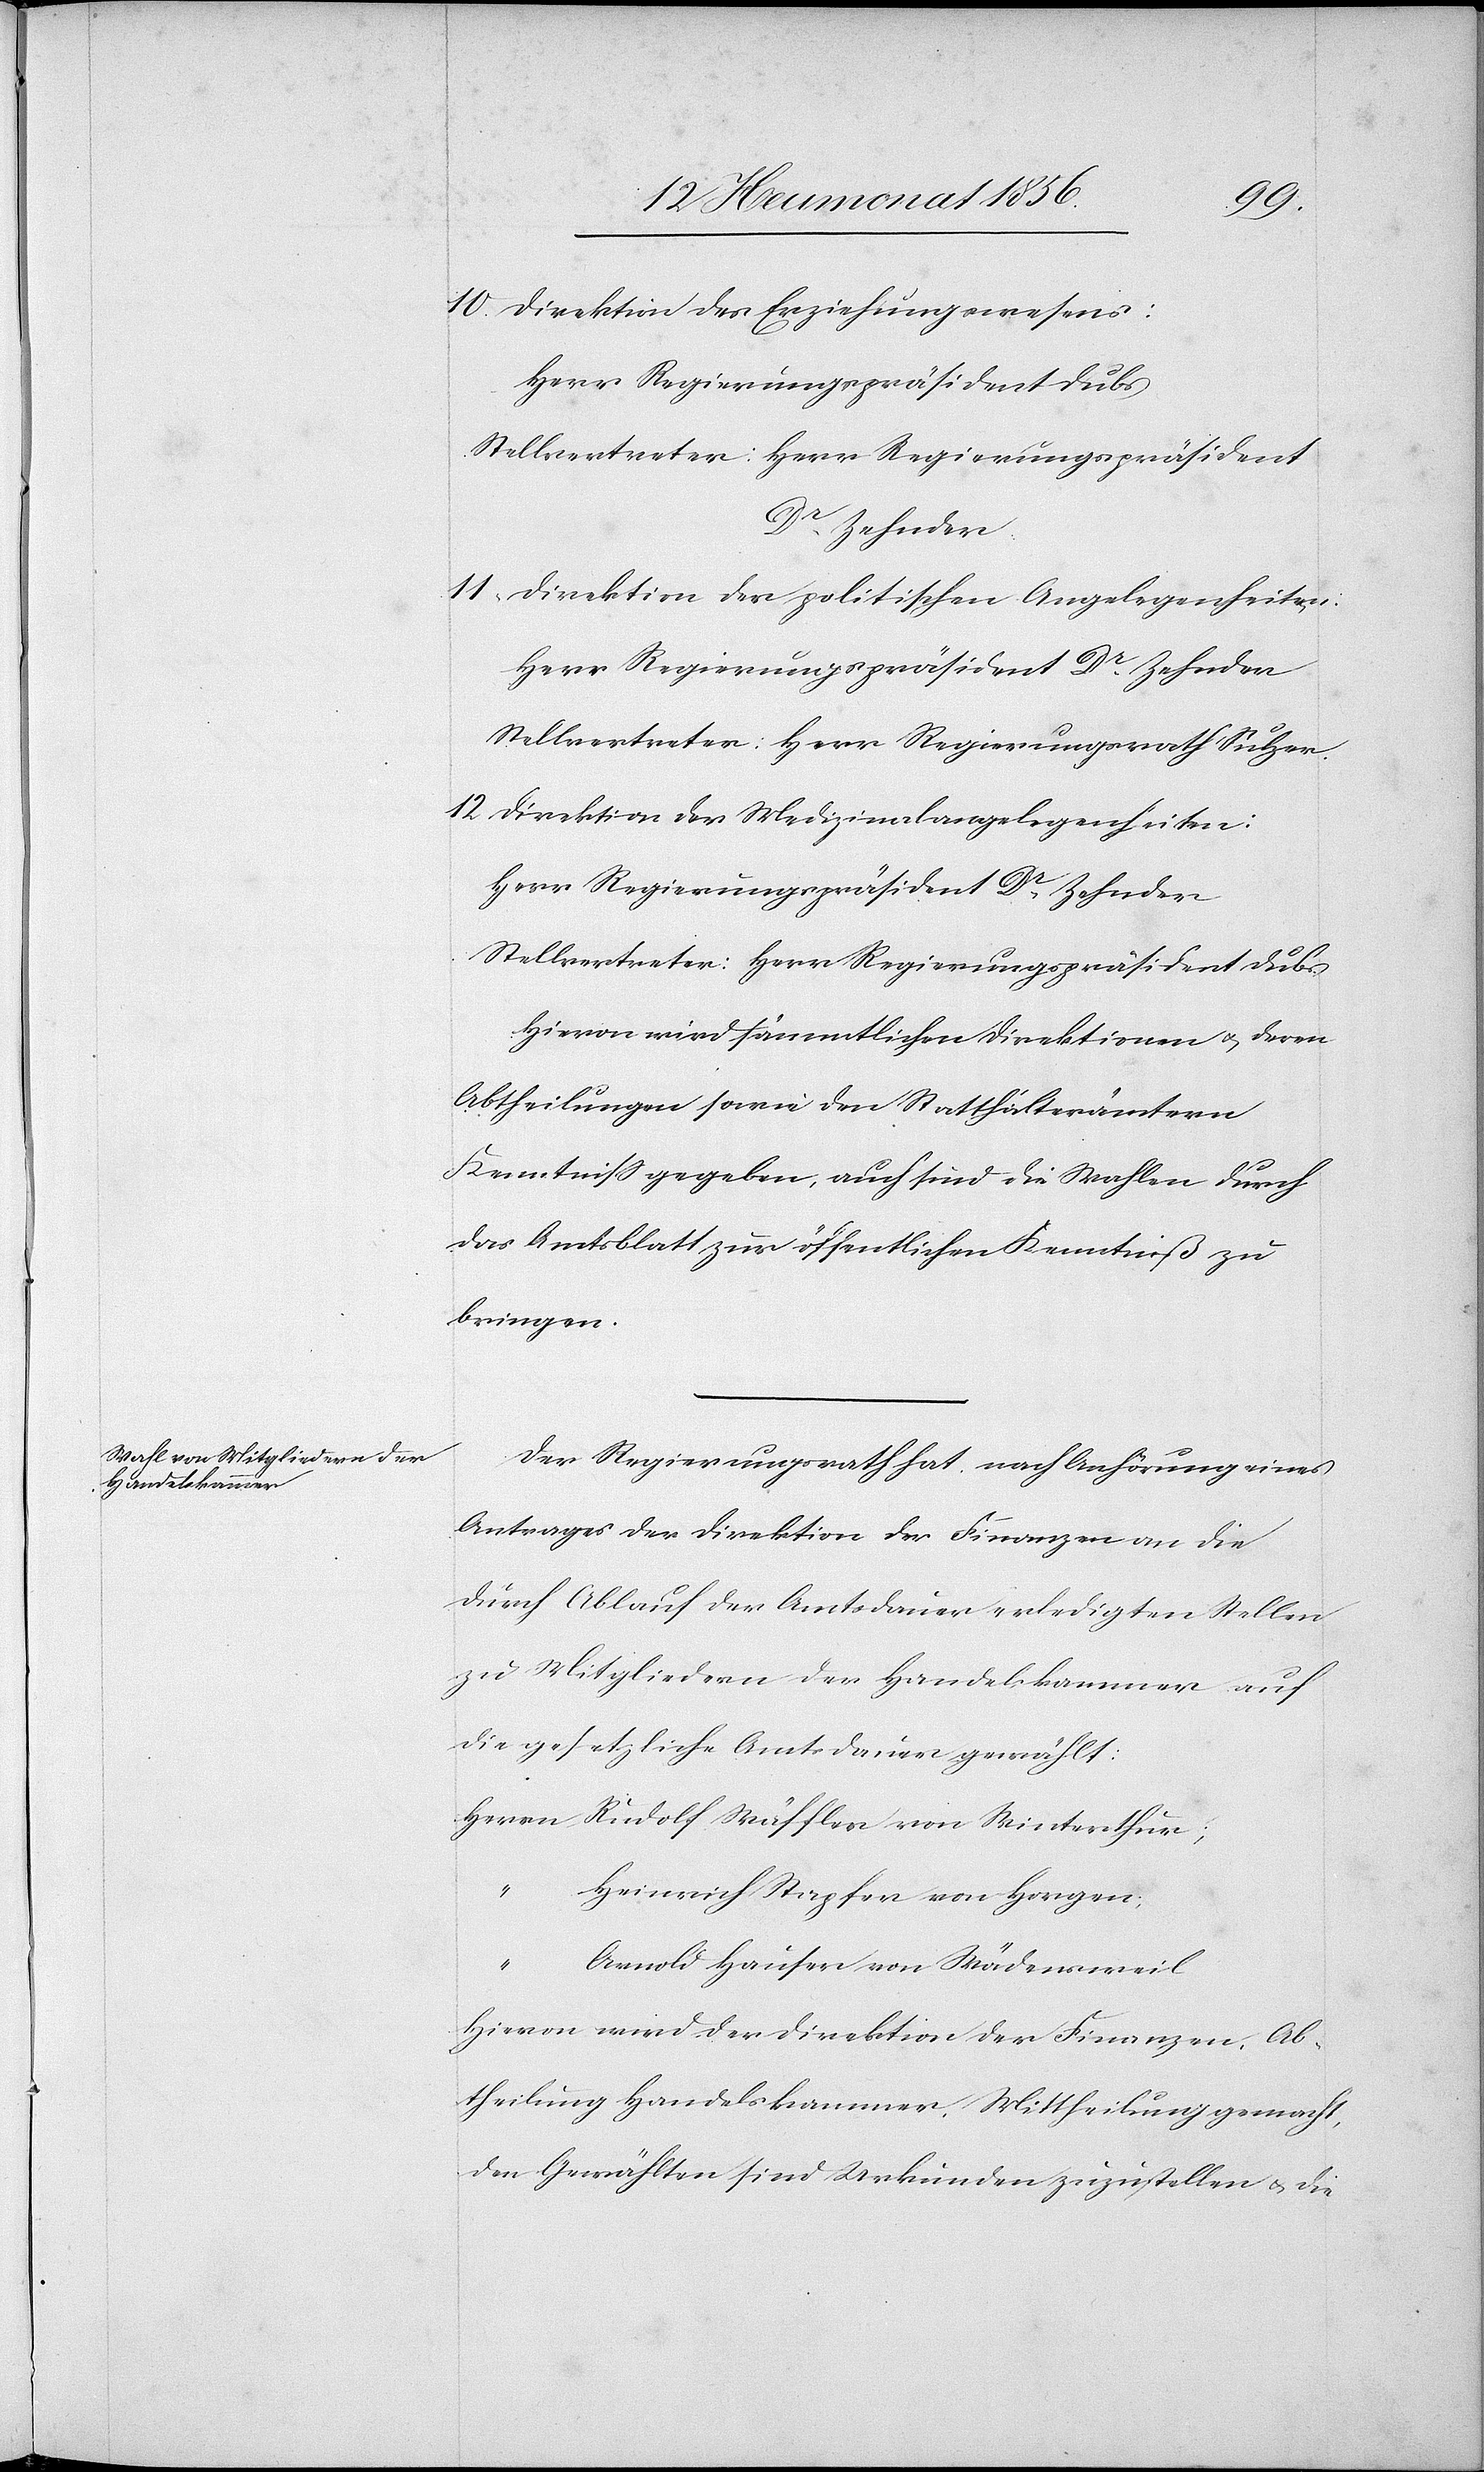
10. Direktion des Erziehungswesens:
Herr Regierungspräsident Dubs
Stellvertreter: Herr Regierungspräsident
Dr Zehnder.
11. Direktion der politischen Angelegenheiten:
Herr Regierungspräsident Dr Zehnder
Stellvertreter: Herr Regierungsrath Sulzer.
12. Direktion der Medizinalangelegenheiten:
Herr Regierungspräsident Dr Zehnder
Stellvertreter: Herr Regierungspräsident Dubs.
Hievon wird sämmtlichen Direktionen u. deren
Abtheilungen sowie den Statthalterämtern
Kenntniss gegeben, auch sind die Wahlen durch
das Amtsblatt zur öffentlichen Kenntniß zu
bringen.
Der Regierungsrath hat nach Anhörung eines
Antrages der Direktion der Finanzen an die
durch Ablauf der Amtsdauer erledigten Stellen
zu Mitgliedern der Handelskammer auf
die gesetzliche Amtsdauer gewählt:
Herrn Rudolf Wäffler von Winterthur;
Heinrich Stapfer von Horgen;
Arnold Hauser von Wädensweil
Hievon wird der Direktion der Finanzen, Ab¬
theilung Handelskammer, Mittheilung gemacht,
den Gewählten sind Urkunden zuzustellen u. die